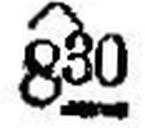
X 830